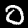
Digit: 0